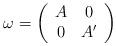
LaTeX: \begin{align*}\omega = \left( \begin{array}{cc} A & 0 \\ 0 & A' \end{array} \right)\end{align*}